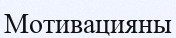
Мотивацияны